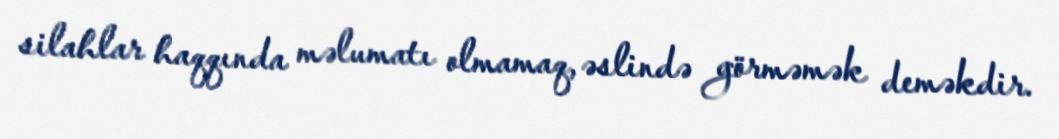
silahlar haqqında məlumatı olmamaq, əslində görməmək deməkdir.